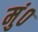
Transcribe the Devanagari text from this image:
मुं०